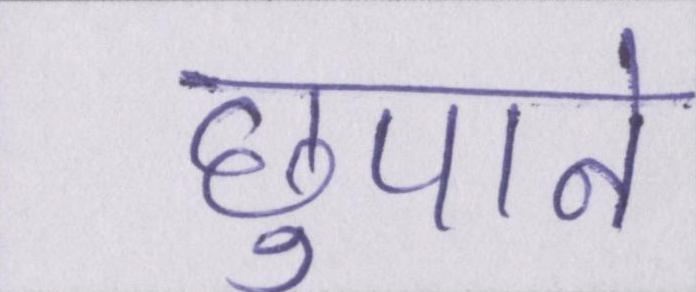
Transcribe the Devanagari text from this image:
छुपाने